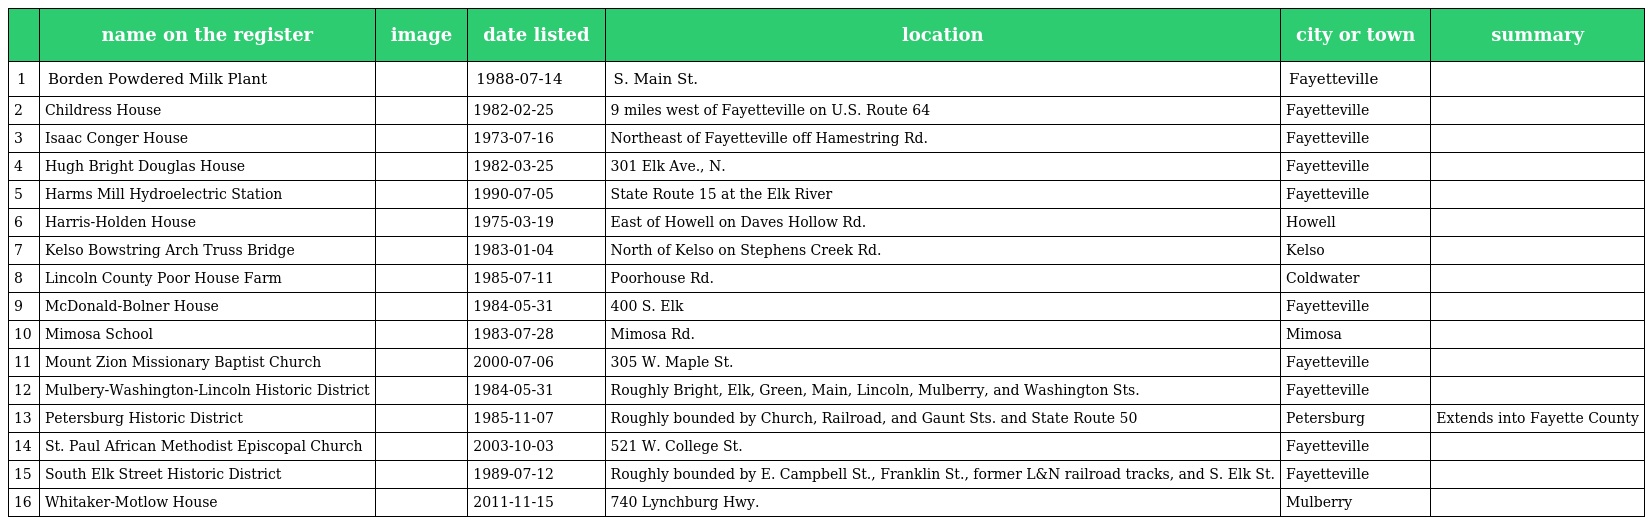
|  | name on the register | image | date listed | location | city or town | summary |
 | --- | --- | --- | --- | --- | --- | --- |
 | 1 | Borden Powdered Milk Plant |  | 1988-07-14 | S. Main St. | Fayetteville |  |
 | 2 | Childress House |  | 1982-02-25 | 9 miles west of Fayetteville on U.S. Route 64 | Fayetteville |  |
 | 3 | Isaac Conger House |  | 1973-07-16 | Northeast of Fayetteville off Hamestring Rd. | Fayetteville |  |
 | 4 | Hugh Bright Douglas House |  | 1982-03-25 | 301 Elk Ave., N. | Fayetteville |  |
 | 5 | Harms Mill Hydroelectric Station |  | 1990-07-05 | State Route 15 at the Elk River | Fayetteville |  |
 | 6 | Harris-Holden House |  | 1975-03-19 | East of Howell on Daves Hollow Rd. | Howell |  |
 | 7 | Kelso Bowstring Arch Truss Bridge |  | 1983-01-04 | North of Kelso on Stephens Creek Rd. | Kelso |  |
 | 8 | Lincoln County Poor House Farm |  | 1985-07-11 | Poorhouse Rd. | Coldwater |  |
 | 9 | McDonald-Bolner House |  | 1984-05-31 | 400 S. Elk | Fayetteville |  |
 | 10 | Mimosa School |  | 1983-07-28 | Mimosa Rd. | Mimosa |  |
 | 11 | Mount Zion Missionary Baptist Church |  | 2000-07-06 | 305 W. Maple St. | Fayetteville |  |
 | 12 | Mulbery-Washington-Lincoln Historic District |  | 1984-05-31 | Roughly Bright, Elk, Green, Main, Lincoln, Mulberry, and Washington Sts. | Fayetteville |  |
 | 13 | Petersburg Historic District |  | 1985-11-07 | Roughly bounded by Church, Railroad, and Gaunt Sts. and State Route 50 | Petersburg | Extends into Fayette County |
 | 14 | St. Paul African Methodist Episcopal Church |  | 2003-10-03 | 521 W. College St. | Fayetteville |  |
 | 15 | South Elk Street Historic District |  | 1989-07-12 | Roughly bounded by E. Campbell St., Franklin St., former L&N railroad tracks, and S. Elk St. | Fayetteville |  |
 | 16 | Whitaker-Motlow House |  | 2011-11-15 | 740 Lynchburg Hwy. | Mulberry |  |